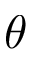
\theta